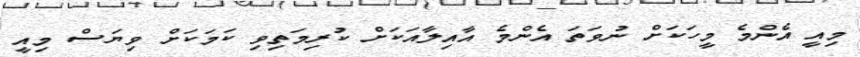
މިއީ އެންމެ މީހަކަށް ނުވަތަ އެންމެ އާއިލާއަކަށް ކުރިމަތިވި ކަމަކަށް ވިޔަސް މިއީ